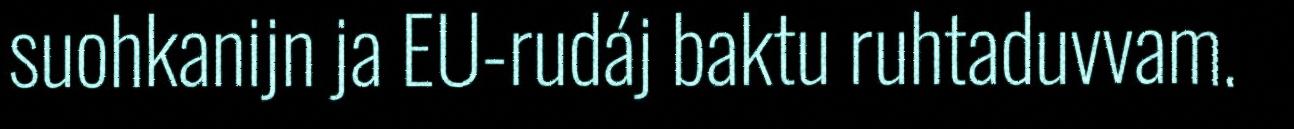
suohkanijn ja EU-rudáj baktu ruhtaduvvam.